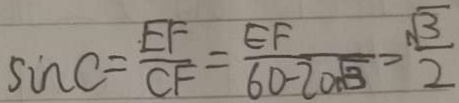
\sin C = \frac { E F } { C F } = \frac { E F } { 6 0 - 2 0 \sqrt { 3 } } = \frac { \sqrt { 3 } } { 2 }